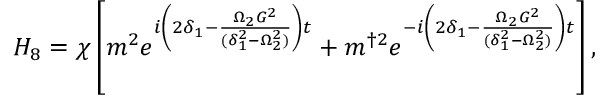
\begin{array} { r } { H _ { 8 } = \chi \left[ m ^ { 2 } e ^ { i \left( 2 \delta _ { 1 } - \frac { \Omega _ { 2 } G ^ { 2 } } { ( \delta _ { 1 } ^ { 2 } - \Omega _ { 2 } ^ { 2 } ) } \right) t } + m ^ { \dagger 2 } e ^ { - i \left( 2 \delta _ { 1 } - \frac { \Omega _ { 2 } G ^ { 2 } } { ( \delta _ { 1 } ^ { 2 } - \Omega _ { 2 } ^ { 2 } ) } \right) t } \right] , } \end{array}